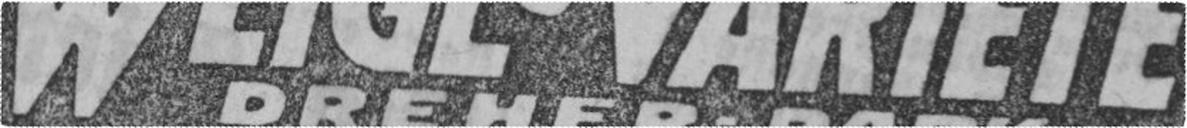
WEIGL’S VARIÉTÉ